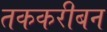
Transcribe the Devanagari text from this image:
तककरीबन